Scottish Leaving Certificate Examination, 1960
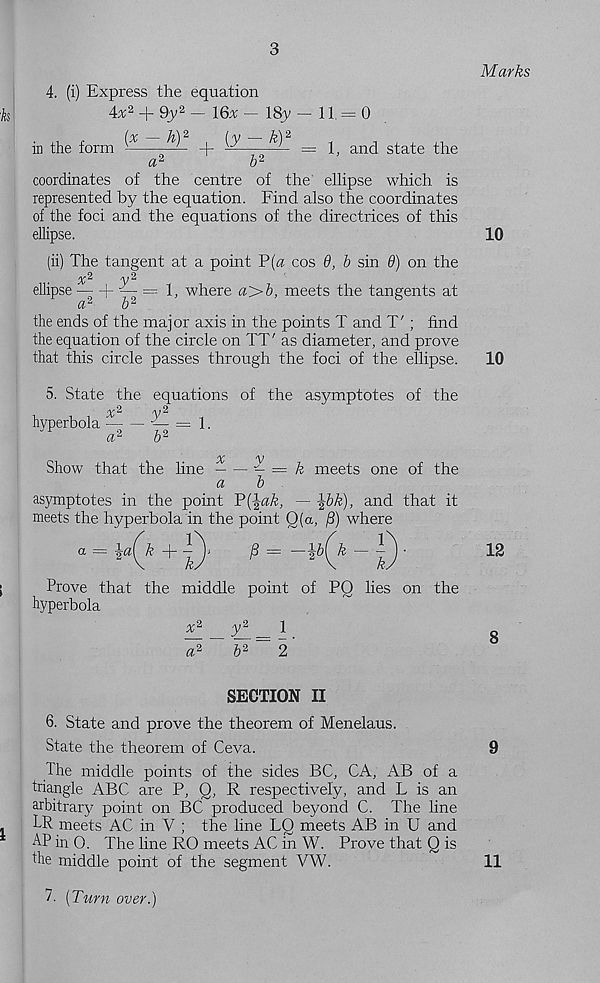
3
h
4. (i) Express the equation
4x 2 + 9y 2 — IGx — ISj;
k) 2
in the form
(x
h ) 2
+ [y
11=0
1, and state the
a*
b 2
coordinates of the centre of the ellipse which is
represented by the equation. Find also the coordinates
of the foci and the equations of the directrices of this
ellipse.
(ii) The tangent at a point ¥{a cos 9, b sin 8) on the
ellipse
)- — = T where «>&, meets the tangents at
a 2
b 2
the ends of the major axis in the points T and T'; find
the equation of the circle on XT' as diameter, and prove
that this circle passes through the foci of the ellipse.
5. State the equations of the asymptotes of the
^2
/y 2
hyperbola
\
a 2
b 2
Show that the line
— = k meets one of the
a
b
asymptotes in the point ¥(\ak, — ^bk), and that it
meets the hyperbola in the point Q(a, (8) where
Prove that the middle point of PO lies on the
hyperbola
x 2
y 2
1
~a 2 ~ b 2~ 2
SECTION II
6. State and prove the theorem of Menelaus.
State the theorem of Ceva.
The middle points of the sides BC, CA, AB of a
triangle ABC are P, Q, R respectively, and L is an
arbitrary point on BC produced beyond C. The line
,
PR meets AC in V ; the line LQ meets AB in U and
AP in 0. The line RO meets AC in W. Prove that Q is
the middle point of the segment VW.
7- [Turn over.)
Marks
10
10
12
8
9
11